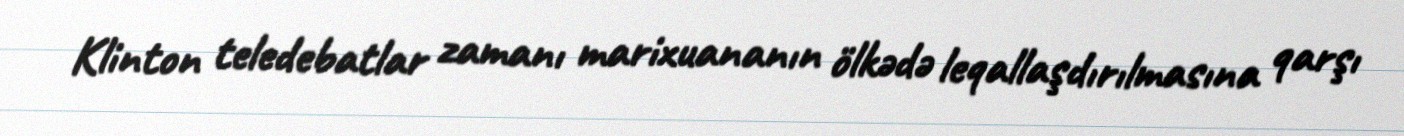
Klinton teledebatlar zamanı marixuananın ölkədə leqallaşdırılmasına qarşı